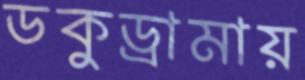
ডকুড্রামায়